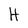
Character: H